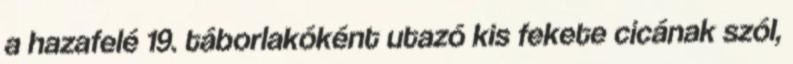
a hazafelé 19. táborlakóként utazó kis fekete cicának szól,